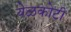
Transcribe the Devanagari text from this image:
येळकोटी